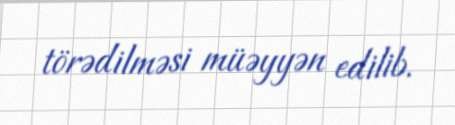
törədilməsi müəyyən edilib.